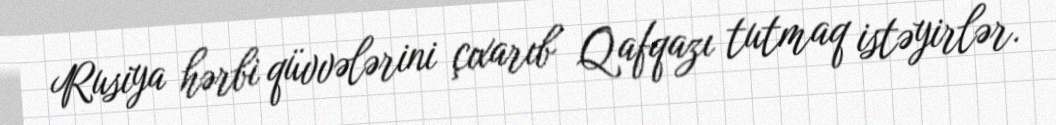
Rusiya hərbi qüvvələrini çıxarıb Qafqazı tutmaq istəyirlər.